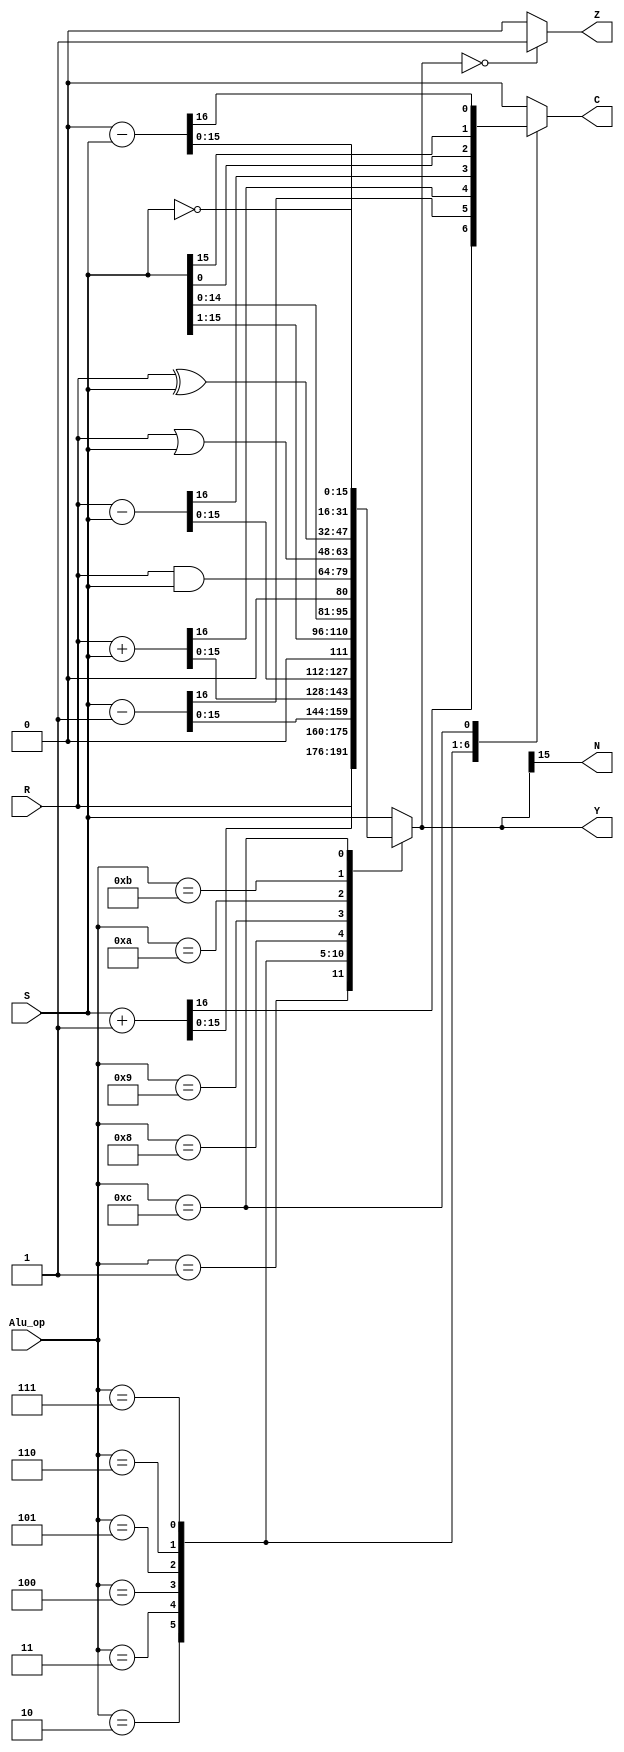
`timescale 1ns / 1ps
 /*******************************************************************************
 * Version:  1.0
 * Purpose:  Module takes in 16-bit input of R and S and outputs to Y. ALU can 
 *           have 16 operations, however only uses 13 while pass S as a default.
 *           4-bit Alu-op allows which arithmatic or logic operators will be
 *           applied on R or S. 
 *	    				
 * Notes:    There are three flags that can go high. 
 *           N is when Y is a negative number. 
 *           Z If Y is zero. 
 *           C if there is a carry out in Y.
 *******************************************************************************/
module alu16(R, S, Alu_op, Y, N, Z, C);

	input 	[ 15:0] R, S;
	input 	[ 3:0]  Alu_op;
	output 	[ 15:0] Y;          reg [15:0] Y;
	output 			N, Z, C;    reg        N, Z, C;
	
	always @ (R or S or Alu_op) begin
		case (Alu_op)
			4'b0000:	{C,Y} = {1'b0,S};		//pass S
			4'b0001:	{C,Y} = {1'b0,R};		//pass R
			4'b0010:	{C,Y} = S + 1;			//increment S
			4'b0011:	{C,Y} = S - 1;			//decrement S
			4'b0100:	{C,Y} = R + S;			//add
			4'b0101:	{C,Y} = R - S;			//subtract
			4'b0110:	begin				    //right shift s (logic)
							C = S[0];
							Y = S >> 1;
						end
			4'b0111:    begin				    //left shift S (logic)
							C = S[15];
							Y = S << 1;
						end
			4'b1000:	{C,Y} = {1'b0,R & S};   //logic and
			4'b1001:	{C,Y} = {1'b0,R | S};   //logic or
			4'b1010:	{C,Y} = {1'b0,R ^ S};   //logic xor
			4'b1011:	{C,Y} = {1'b0,~S};	    //logic not S (1's comp)
			4'b1100:	{C,Y} = 0-S;			//negate S	  (2's comp)
			default:	{C,Y} = {1'b0,S};		//pass S for default
		endcase
        
		//handle last two status flags
		N = Y[15];
		if (Y == 16'b0)
			Z = 1'b1;
		else
			Z = 1'b0;	
	end		

endmodule